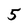
Character: 5